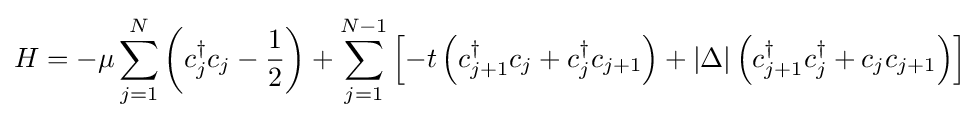
H=-\mu \sum _{j=1}^{N}\left(c_{j}^{\dagger }c_{j}-{\frac {1}{2}}\right)+\sum _{j=1}^{N-1}\left[-t\left(c_{j+1}^{\dagger }c_{j}+c_{j}^{\dagger }c_{j+1}\right)+|\Delta |\left(c_{j+1}^{\dagger }c_{j}^{\dagger }+c_{j}c_{j+1}\right)\right]